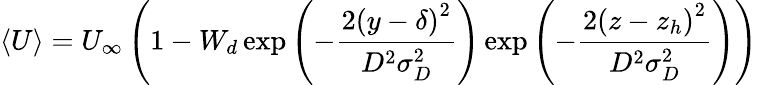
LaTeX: \langle U\rangle=U_{\infty}\left(1-W_{d}\exp\left(-\frac{2\left(y-\delta\right)^{2}}{D^{2}\sigma_{D}^{2}}\right)\exp\left(-\frac{2\left(z-z_{h}\right)^{2}}{D^{2}\sigma_{D}^{2}}\right)\right)